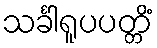
သင်္ခါရူပပတ္တိံ